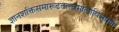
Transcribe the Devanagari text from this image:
ज्ञानशक्तिसमारूढतत्त्वमालाविभूषणे